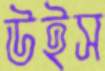
উইস